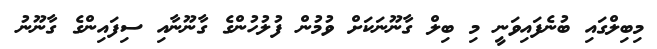
މިބިލްގައި ބުނެފައިވަނީ މި ބިލް ގާނޫނަަކަށް ވުމުން ފުލުހުންގެ ގާނޫނާއި ސިފައިންގެ ގާނޫނު